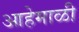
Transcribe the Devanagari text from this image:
आहेमाळी